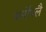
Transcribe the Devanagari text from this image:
थर्मोपलै